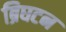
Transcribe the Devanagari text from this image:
ब्रिघटन